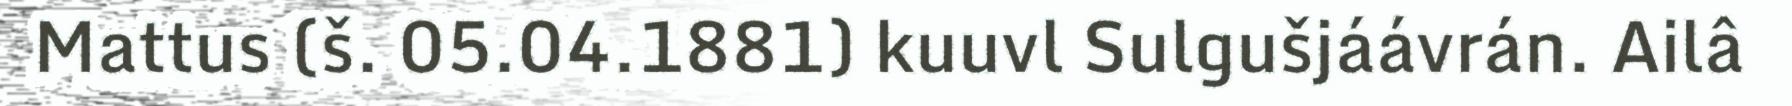
Mattus (š. 05.04.1881) kuuvl Sulgušjáávrán. Ailâ